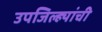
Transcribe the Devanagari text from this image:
उपजिल्ह्यांची